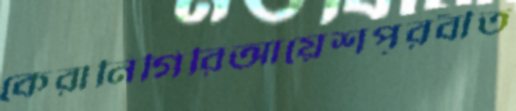
কেরানিগিরিআয়েশপূরবীত